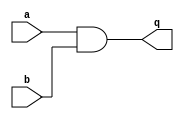
//2022_11_10 kerong
//Combinational circuit 1
module top_module (
    input a,
    input b,
    output q );//

    assign q = a & b; // Fix me

endmodule